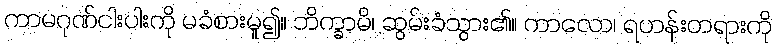
ကာမဂုဏ်ငါးပါးကို မခံစားမူ၍။ ဘိက္ခာမိ၊ ဆွမ်းခံသွား၏။ ကာလော၊ ရဟန်းတရားကို